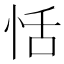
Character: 恬